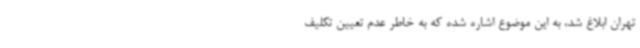
تهران ابلاغ شد، به این موضوع اشاره شده که به خاطر عدم تعیین تکلیف